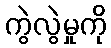
ကွဲလွဲမှုကို